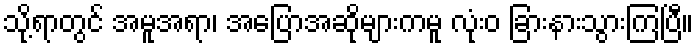
သို့ရာတွင် အမူအရာ၊ အပြောအဆိုများကမူ လုံးဝ ခြားနားသွားကြပြီ။